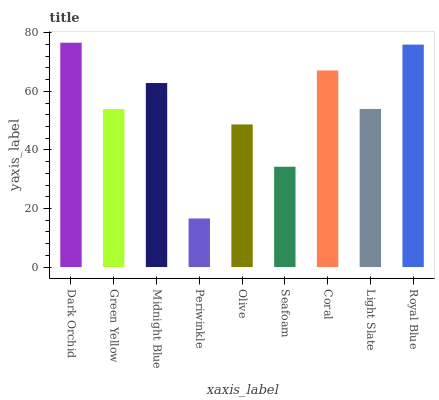
| xaxis_label | bars |
 | --- | --- |
 | Dark Orchid | 76.6 |
 | Green Yellow | 54 |
 | Midnight Blue | 62.9 |
 | Periwinkle | 16.6 |
 | Olive | 48.7 |
 | Seafoam | 34.3 |
 | Coral | 67.2 |
 | Light Slate | 54 |
 | Royal Blue | 76 |